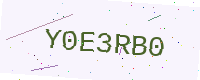
Text: Y0E3RB0